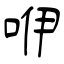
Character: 咿